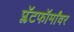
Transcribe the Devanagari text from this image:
प्लॅटफॉर्मांवर